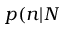
p ( n | N